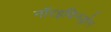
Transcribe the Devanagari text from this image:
नॉरइथिनड्रोन